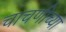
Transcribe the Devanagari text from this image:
चाचणीच्या